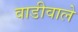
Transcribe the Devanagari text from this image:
वाडीवाले